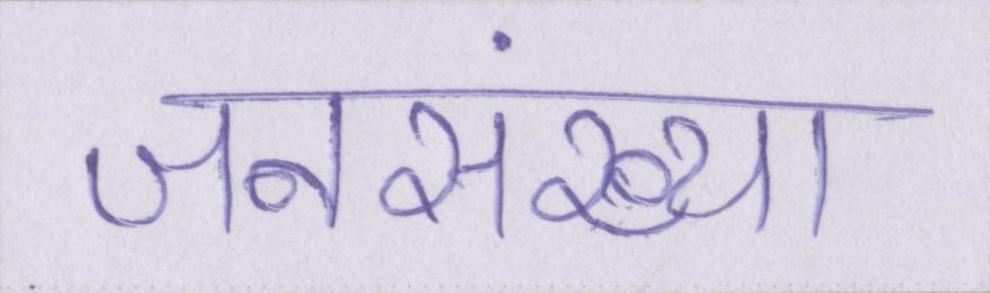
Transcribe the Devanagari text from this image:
जनसंख्या